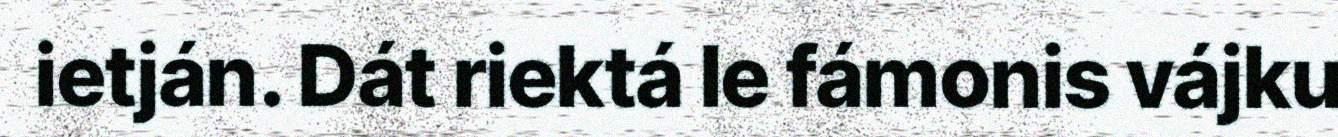
ietján. Dát riektá le fámonis vájku